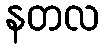
နတလ